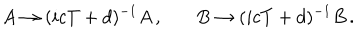
A \rightarrow ( i c T + d ) ^ { - 1 } A \, , ~ B \rightarrow ( i c T + d ) ^ { - 1 } B \, .